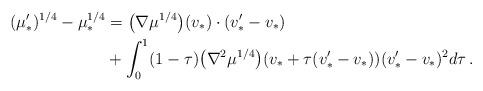
LaTeX: \begin{align*}(\mu'_{*})^{1/4} -\mu_{*}^{1/4}&= \big(\nabla \mu^{1/4}\big) (v_*)\cdot (v'_*-v_*) \\& + \int_0^1(1-\tau) \big( \nabla^2 \mu^{1/4}\big)(v_*+ \tau(v'_*-v_*) ) (v'_*-v_*)^2 d\tau\,.\end{align*}